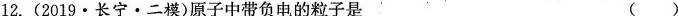
12.(2019·长宁·二模)原子中带负电的粒子是 ( )